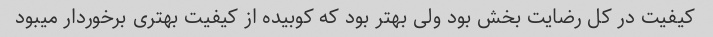
کیفیت در کل رضایت بخش بود ولی بهتر بود که کوبیده از کیفیت بهتری برخوردار میبود